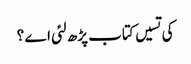
کی تسیں کتاب پڑھ لئی اے ؟